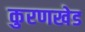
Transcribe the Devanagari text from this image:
कुरणखेड